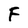
Character: F